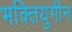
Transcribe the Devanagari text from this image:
भक्तियुगीन